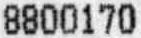
8800170